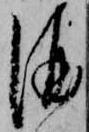
酒